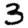
Digit: 3